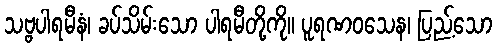
သဗ္ဗပါရမီနံ၊ ခပ်သိမ်းသော ပါရမီတို့ကို။ ပူရဏဝသေန၊ ပြည့်သော